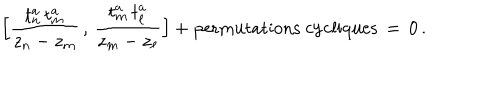
\Big [ \frac { t _ { n } ^ { a } \, t _ { m } ^ { a } } { z _ { n } - z _ { m } } \, , \, \frac { t _ { m } ^ { a } \, t _ { \ell } ^ { a } } { z _ { m } - z _ { \ell } } \Big ] + \mathrm { p e r m u t a t i o n s ~ c y c l i q u e s } \, = \, 0 \, .